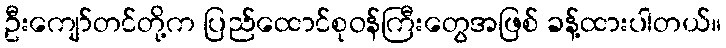
ဦးကျော်တင်တို့က ပြည်ထောင်စုဝန်ကြီးတွေအဖြစ် ခန့်ထားပါတယ်။